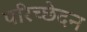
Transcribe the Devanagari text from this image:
परिच्छेदन